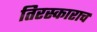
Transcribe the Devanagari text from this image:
तिरस्काराच